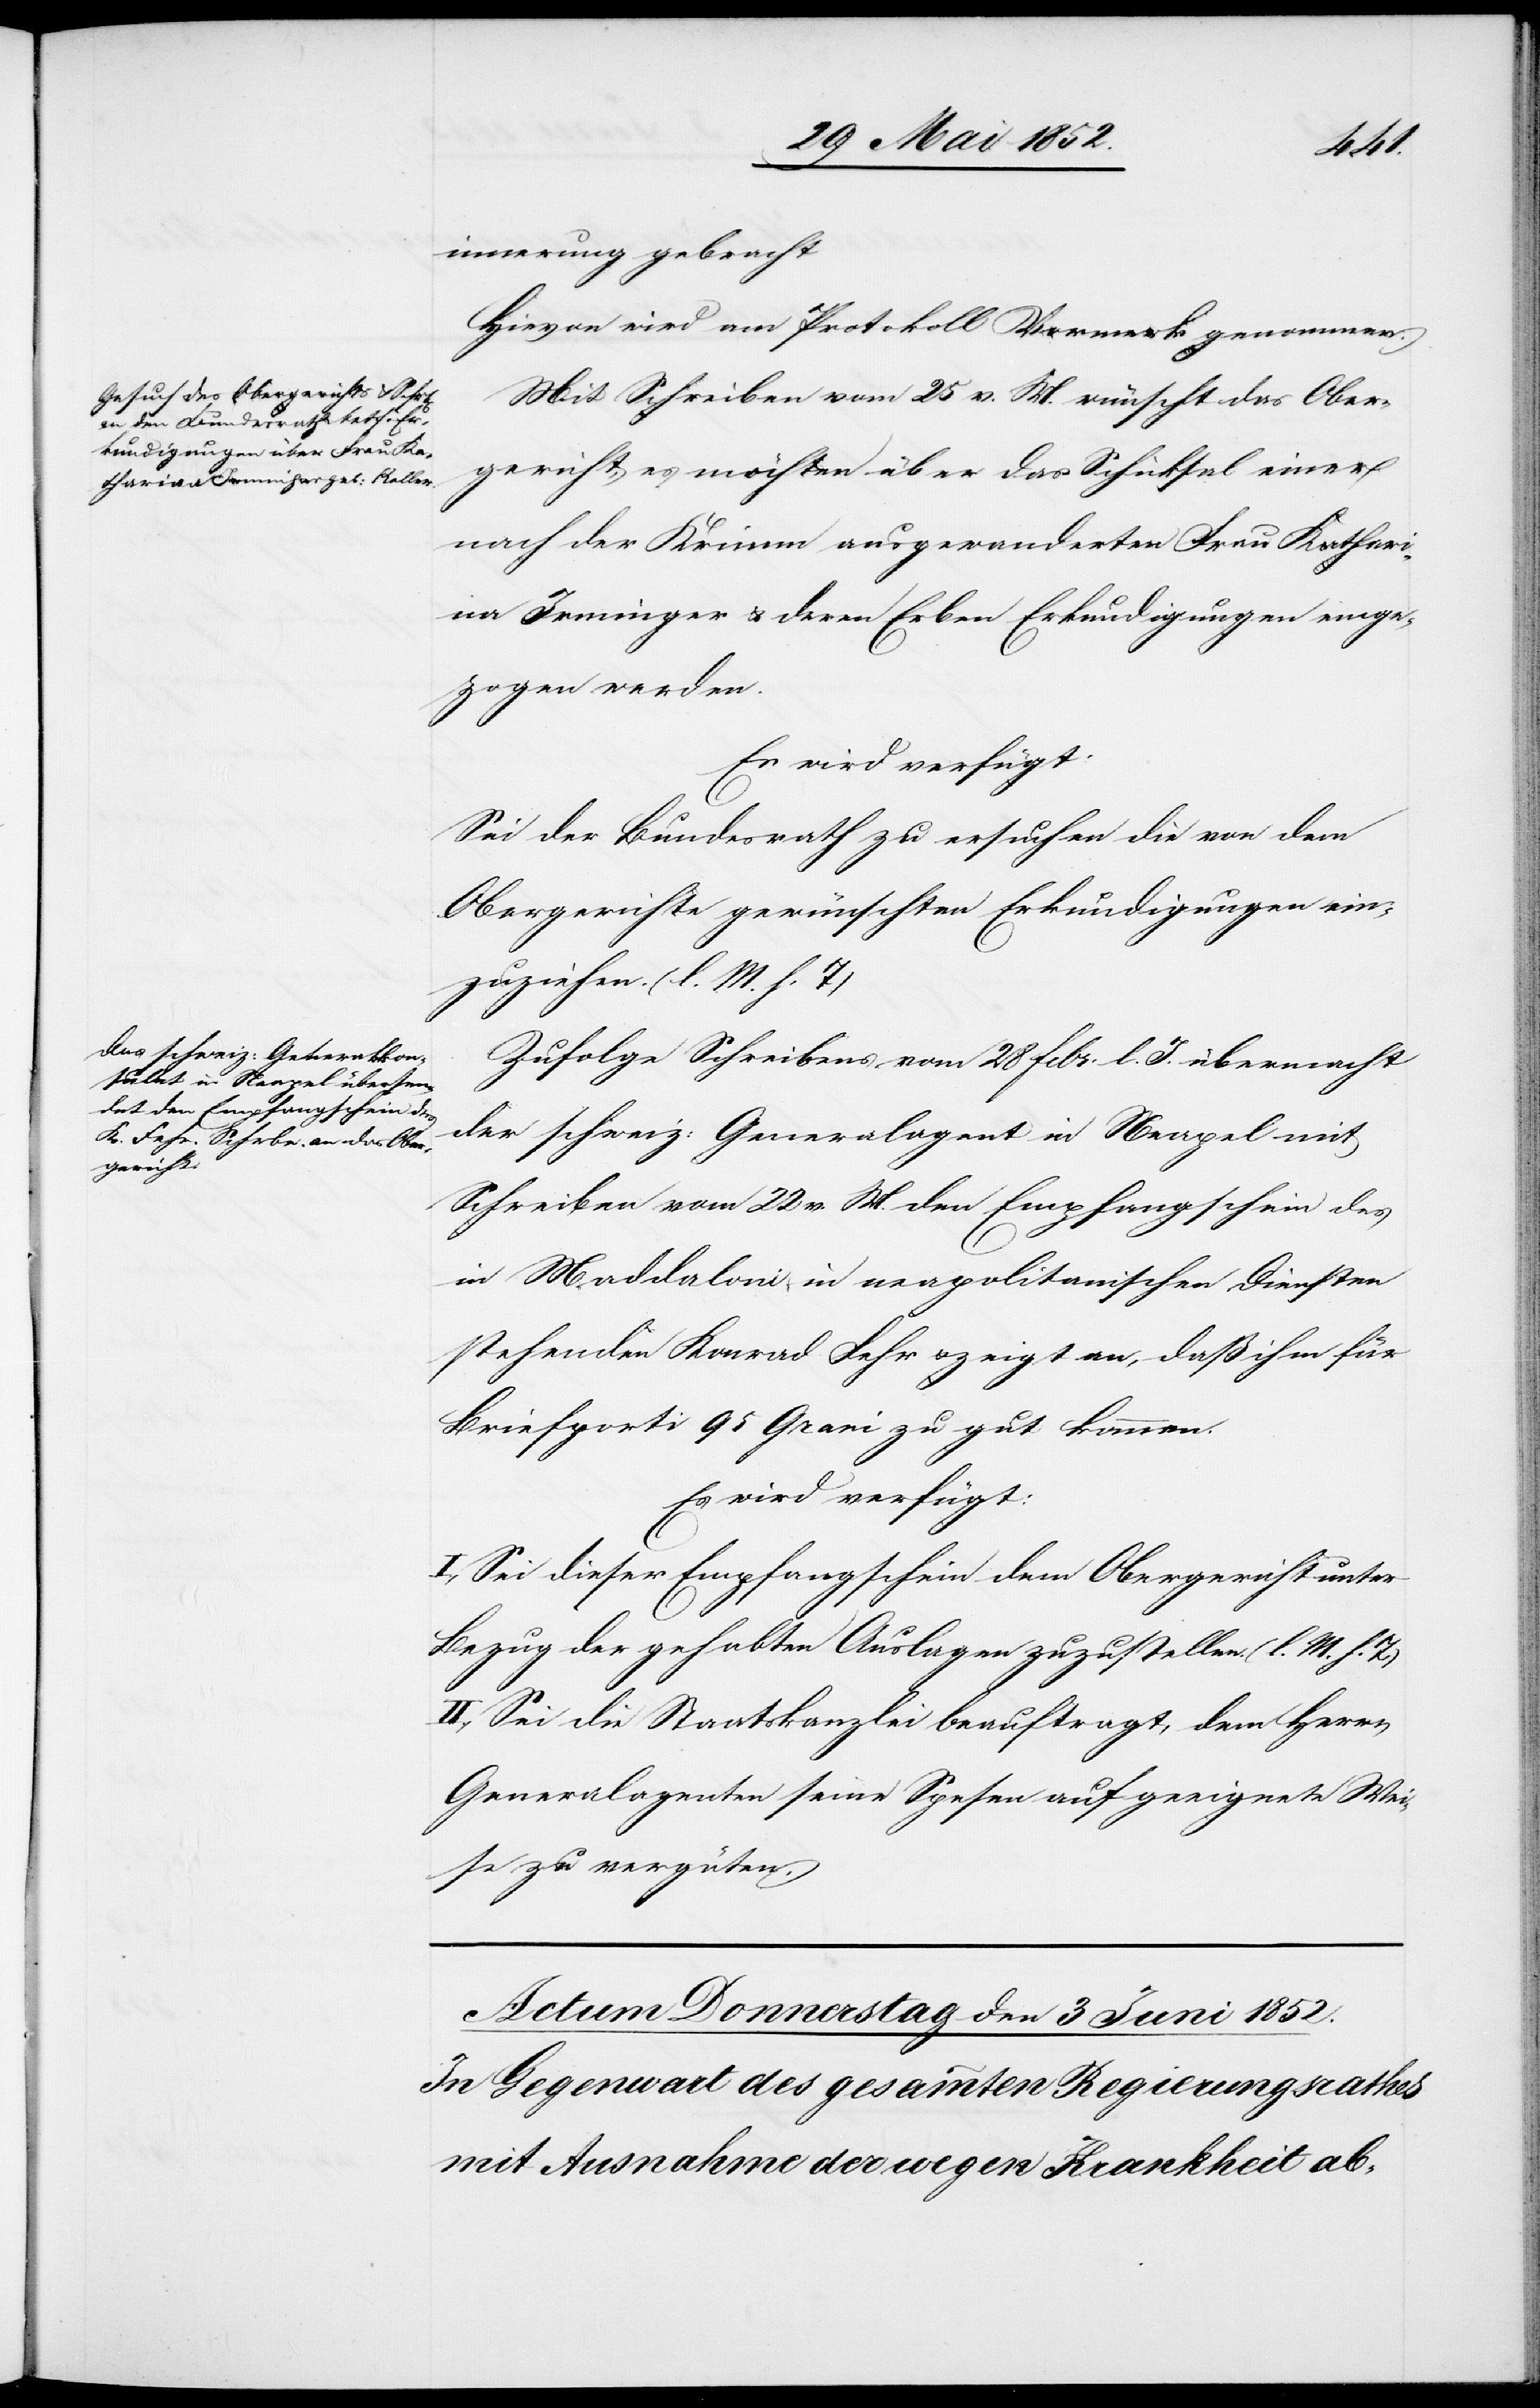
1852.]
innerung gebracht
Hievon wird am Protokoll Vormerk genommen.
Mit Schreiben vom 25 v. M. wünscht das Ober¬
gericht, es möchten über das Schicksal einer
nach der Krimm ausgewanderten Frau Kathari¬
na Irminger & deren Erben Erkundigungen einge¬
zogen werden.
Es wird verfügt:
Sei der Bundesrath zu ersuchen die von dem
Obergerichte gewünschten Erkundigungen ein¬
zuziehen. (l. M. h. T)
Zufolge Schreibens vom 28 Febr. l. J. übermacht
der schweiz: Generalagent in Neapel mit
Schreiben vom 22 v. M. den Empfangschein des
in Maddaloni, in neapolitanischen Diensten
stehenden Konrad Fehr & zeigt an, daß ihm für
Briefporti 95 Grani zu gut kommen.
Es wird verfügt:
I., Sei dieser Empfangschein dem Obergericht unter
Bezug der gehabten Auslagen zuzustellen. (l. M. h. T)
II., Sei die Staatskanzlei beauftragt, dem Herrn
Generalagenten seine Spesen auf geeignete Wei¬
se zu vergüten.